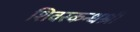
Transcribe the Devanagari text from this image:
शिवस्कन्धश्री